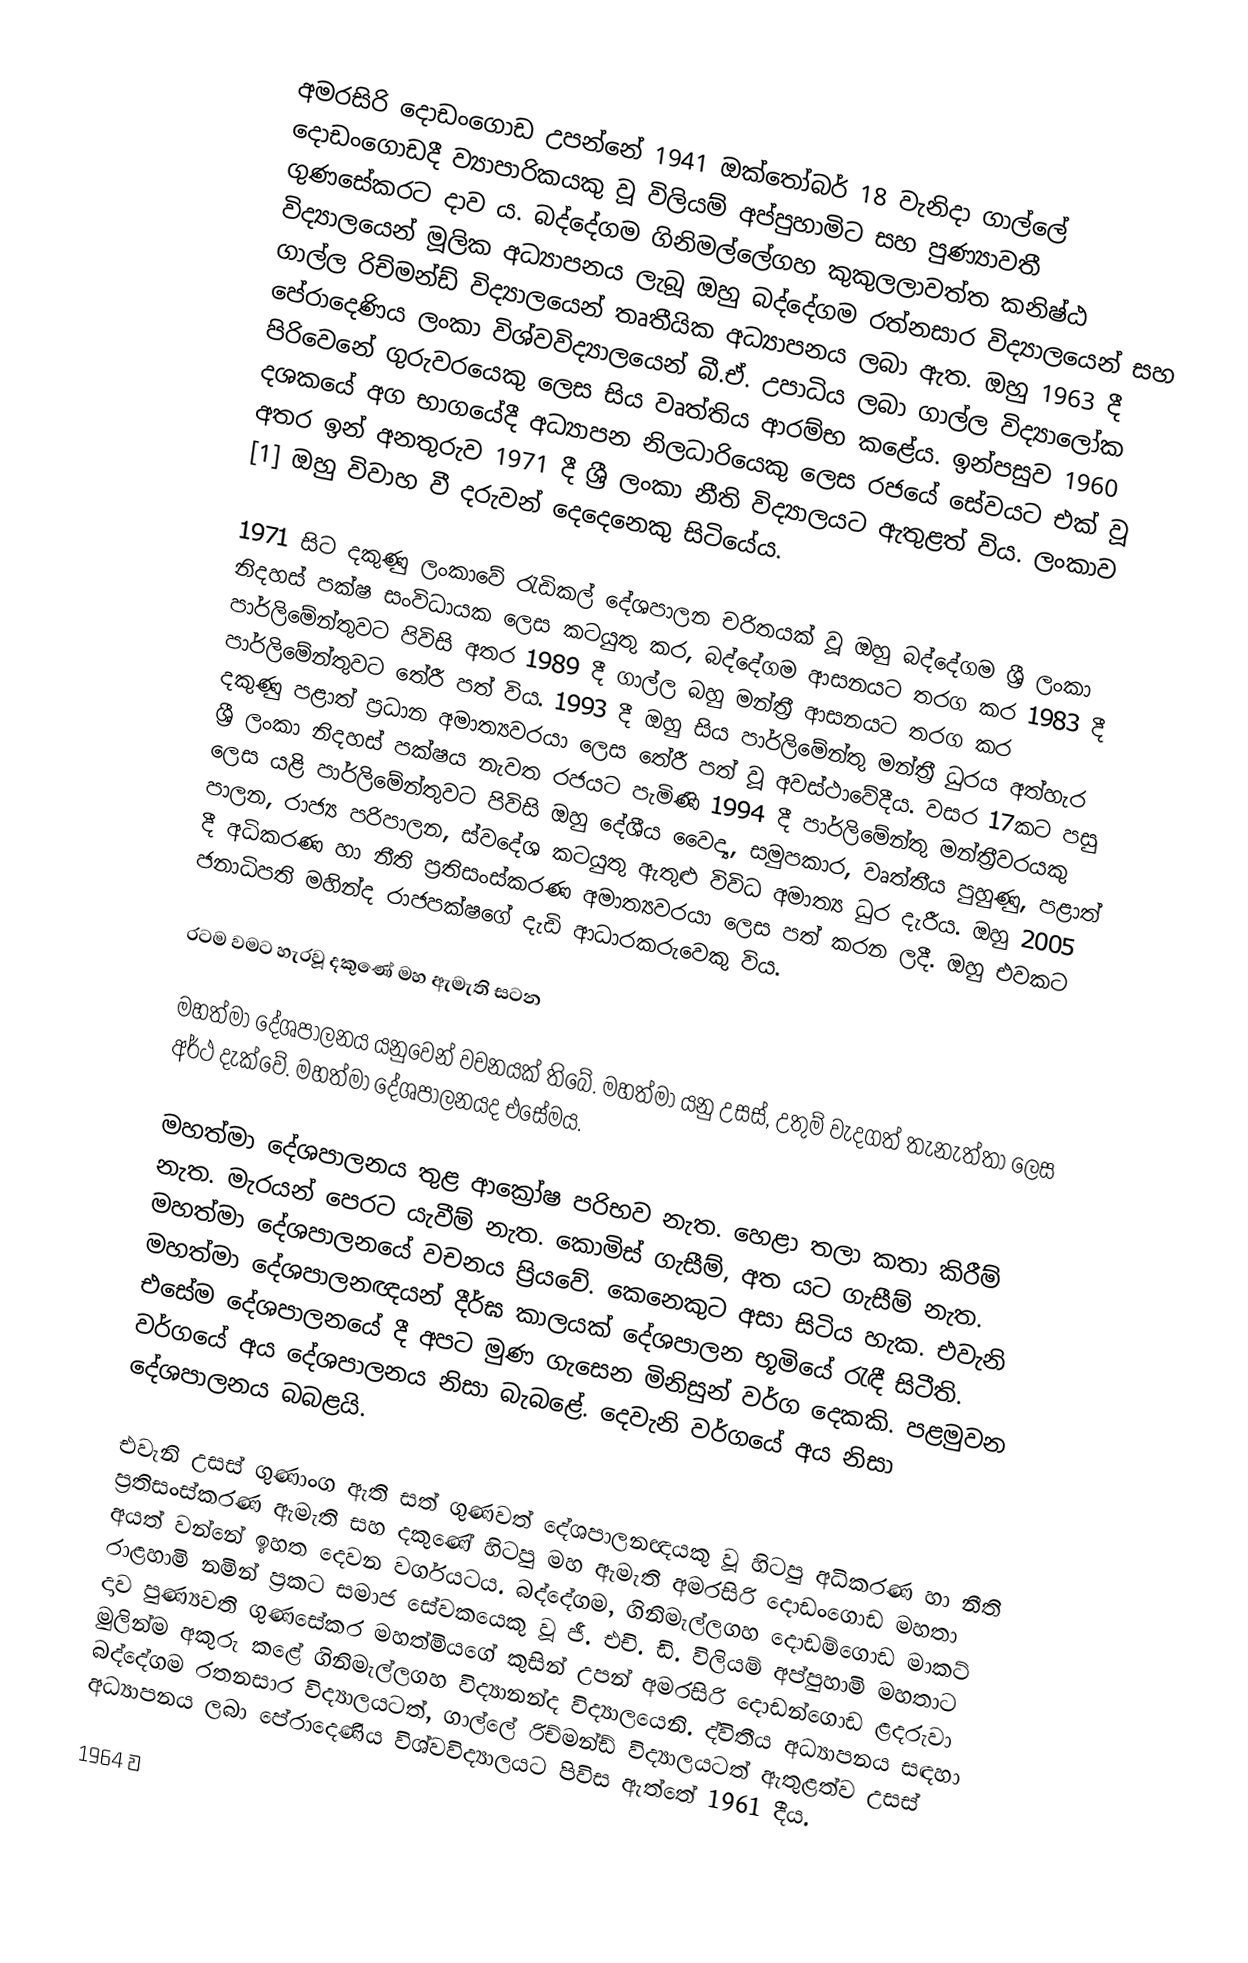
අමරසිරි දොඩංගොඩ උපන්නේ 1941 ඔක්‌තෝබර් 18 වැනිදා ගාල්ලේ දොඩංගොඩදී ව්‍යාපාරිකයකු වූ විලියම් අප්පුහාමිට සහ පුණ්‍යාවතී ගුණසේකරට දාව ය. බද්දේගම ගිනිමල්ලේගහ කුකුලලාවත්ත කනිෂ්ඨ විද්‍යාලයෙන් මූලික අධ්‍යාපනය ලැබූ ඔහු බද්දේගම රත්නසාර විද්‍යාලයෙන් සහ ගාල්ල රිච්මන්ඩ් විද්‍යාලයෙන් තෘතීයික අධ්‍යාපනය ලබා ඇත. ඔහු 1963 දී පේරාදෙණිය ලංකා විශ්වවිද්‍යාලයෙන් බී.ඒ. උපාධිය ලබා ගාල්ල විද්‍යාලෝක පිරිවෙනේ ගුරුවරයෙකු ලෙස සිය වෘත්තිය ආරම්භ කළේය. ඉන්පසුව 1960 දශකයේ අග භාගයේදී අධ්‍යාපන නිලධාරියෙකු ලෙස රජයේ සේවයට එක් වූ අතර ඉන් අනතුරුව 1971 දී ශ්‍රී ලංකා නීති විද්‍යාලයට ඇතුළත් විය. ලංකාව [1] ඔහු විවාහ වී දරුවන් දෙදෙනෙකු සිටියේය.

1971 සිට දකුණු ලංකාවේ රැඩිකල් දේශපාලන චරිතයක් වූ ඔහු බද්දේගම ශ්‍රී ලංකා නිදහස් පක්ෂ සංවිධායක ලෙස කටයුතු කර, බද්දේගම ආසනයට තරග කර 1983 දී පාර්ලිමේන්තුවට පිවිසි අතර 1989 දී ගාල්ල බහු මන්ත්‍රී ආසනයට තරග කර පාර්ලිමේන්තුවට තේරී පත් විය. 1993 දී ඔහු සිය පාර්ලිමේන්තු මන්ත්‍රී ධුරය අත්හැර දකුණු පළාත් ප්‍රධාන අමාත්‍යවරයා ලෙස තේරී පත් වූ අවස්ථාවේදීය. වසර 17කට පසු ශ්‍රී ලංකා නිදහස් පක්ෂය නැවත රජයට පැමිණි 1994 දී පාර්ලිමේන්තු මන්ත්‍රීවරයකු ලෙස යළි පාර්ලිමේන්තුවට පිවිසි ඔහු දේශීය වෛද්‍ය, සමුපකාර, වෘත්තීය පුහුණු, පළාත් පාලන, රාජ්‍ය පරිපාලන, ස්වදේශ කටයුතු ඇතුළු විවිධ අමාත්‍ය ධුර දැරීය. ඔහු 2005 දී අධිකරණ හා නීති ප්‍රතිසංස්කරණ අමාත්‍යවරයා ලෙස පත් කරන ලදී. ඔහු එවකට ජනාධිපති මහින්ද රාජපක්ෂගේ දැඩි ආධාරකරුවෙකු විය.

රටම වමට හැරවූ  දකුණේ මහ ඇමැති සටන

මහත්මා දේශපාලනය යනුවෙන් වචනයක් තිබේ. මහත්මා යනු උසස්, උතුම් වැදගත් තැනැත්තා ලෙස අර්ථ දැක්වේ. මහත්මා දේශපාලනයද එසේමය.

මහත්මා දේශපාලනය තුළ ආක්‍රෝෂ පරිභව නැත. හෙළා තලා කතා කිරීම් නැත. මැරයන් පෙරට යැවීම් නැත. කොමිස් ගැසීම්, අත යට ගැසීම් නැත. මහත්මා දේශපාලනයේ වචනය ප්‍රියවේ. කෙනෙකුට අසා සිටිය හැක. එවැනි මහත්මා දේශපාලනඥයන් දීර්ඝ කාලයක් දේශපාලන භූමියේ රැඳී සිටීති. එසේම දේශපාලනයේ දී අපට මුණ ගැසෙන මිනිසුන් වර්ග දෙකකි. පළමුවන වර්ගයේ අය දේශපාලනය නිසා බැබළේ. දෙවැනි වර්ගයේ අය නිසා දේශපාලනය බබළයි.

එවැනි උසස් ගුණාංග ඇති සත් ගුණවත් දේශපාලනඥයකු වූ හිටපු අධිකරණ හා නීති ප්‍රතිසංස්කරණ ඇමැති සහ දකුණේ හිටපු මහ ඇමැති අමරසිරි දොඩංගොඩ මහතා අයත් වන්නේ ඉහත දෙවන වර්ගයටය. බද්දේගම, ගිනිමැල්ලගහ දොඩම්ගොඩ මාකට් රාළහාමි නමින් ප්‍රකට සමාජ සේවකයෙකු වූ ජී. එචි. ඩි. විලියම් අප්පුහාමි මහතාට දාව පුණ්‍යවති ගුණසේකර මහත්මියගේ කුසින් උපන් අමරසිරි දොඩන්ගොඩ ළදරුවා මුලින්ම අකුරු කළේ ගිනිමැල්ලගහ විද්‍යානන්ද විද්‍යාලයෙනි. ද්විතීය අධ්‍යාපනය සඳහා බද්දේගම රතනසාර විද්‍යාලයටත්, ගාල්ලේ රිච්මන්ඩ් විද්‍යාලයටත් ඇතුළත්ව උසස් අධ්‍යාපනය ලබා පේරාදෙණිය විශ්වවිද්‍යාලයට පිවිස ඇත්තේ 1961 දීය.

1964 ව